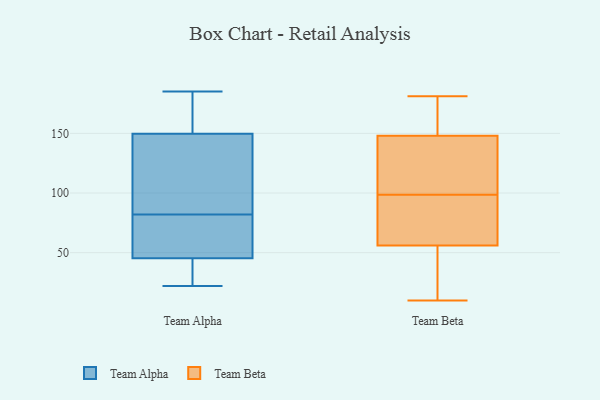
{"axis": {"x": "Humidity (%)", "y": "Value"}, "legend": ["Team Alpha", "Team Beta"], "data": [{"x": "", "y": 22, "type": "Team Alpha"}, {"x": "", "y": 97, "type": "Team Alpha"}, {"x": "", "y": 56, "type": "Team Alpha"}, {"x": "", "y": 29, "type": "Team Alpha"}, {"x": "", "y": 169, "type": "Team Alpha"}, {"x": "", "y": 137, "type": "Team Alpha"}, {"x": "", "y": 39, "type": "Team Alpha"}, {"x": "", "y": 45, "type": "Team Alpha"}, {"x": "", "y": 82, "type": "Team Alpha"}, {"x": "", "y": 154, "type": "Team Alpha"}, {"x": "", "y": 161, "type": "Team Alpha"}, {"x": "", "y": 182, "type": "Team Alpha"}, {"x": "", "y": 85, "type": "Team Alpha"}, {"x": "", "y": 49, "type": "Team Alpha"}, {"x": "", "y": 69, "type": "Team Alpha"}, {"x": "", "y": 134, "type": "Team Alpha"}, {"x": "", "y": 185, "type": "Team Alpha"}, {"x": "", "y": 46, "type": "Team Alpha"}, {"x": "", "y": 45, "type": "Team Alpha"}, {"x": "", "y": 181, "type": "Team Beta"}, {"x": "", "y": 110, "type": "Team Beta"}, {"x": "", "y": 165, "type": "Team Beta"}, {"x": "", "y": 28, "type": "Team Beta"}, {"x": "", "y": 148, "type": "Team Beta"}, {"x": "", "y": 126, "type": "Team Beta"}, {"x": "", "y": 51, "type": "Team Beta"}, {"x": "", "y": 10, "type": "Team Beta"}, {"x": "", "y": 178, "type": "Team Beta"}, {"x": "", "y": 70, "type": "Team Beta"}, {"x": "", "y": 118, "type": "Team Beta"}, {"x": "", "y": 87, "type": "Team Beta"}, {"x": "", "y": 61, "type": "Team Beta"}, {"x": "", "y": 56, "type": "Team Beta"}]}